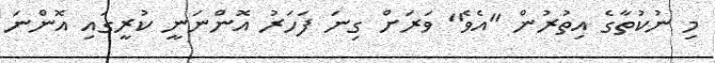
މި ނުކުތާގެ އިތުރުން "އެވެ" ވަރަށް ގިނަ ފަހަރު އޮންނަނީ ކުރީގައި އޮންނަ